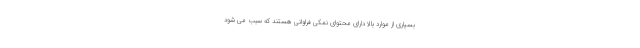
بسیاری از موارد بالا دارای محتوای نمکی فراوانی هستند که سبب می شود